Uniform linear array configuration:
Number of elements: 4
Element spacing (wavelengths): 0.25
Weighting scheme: kaiser
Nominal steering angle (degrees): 60
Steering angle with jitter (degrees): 61.278
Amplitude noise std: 0.05
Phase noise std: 0.05

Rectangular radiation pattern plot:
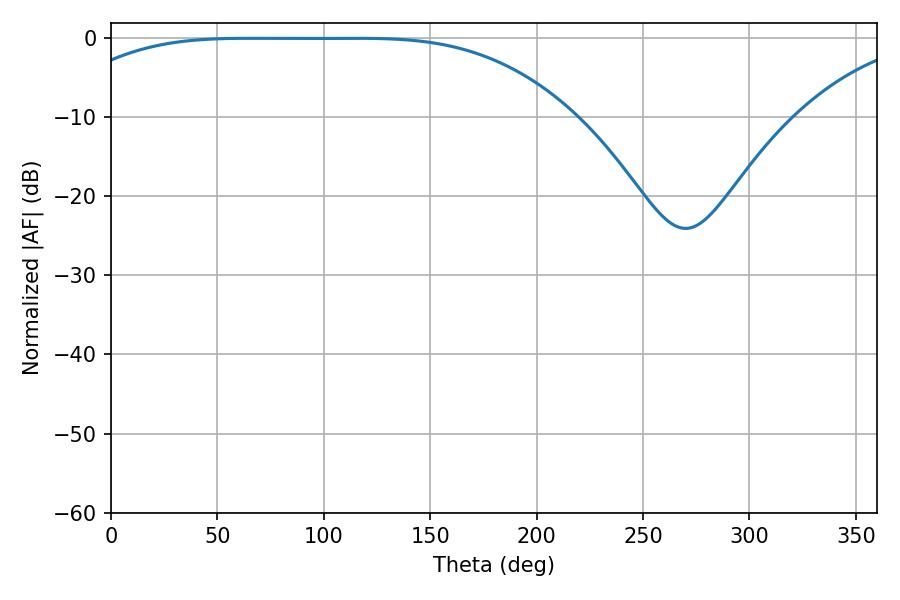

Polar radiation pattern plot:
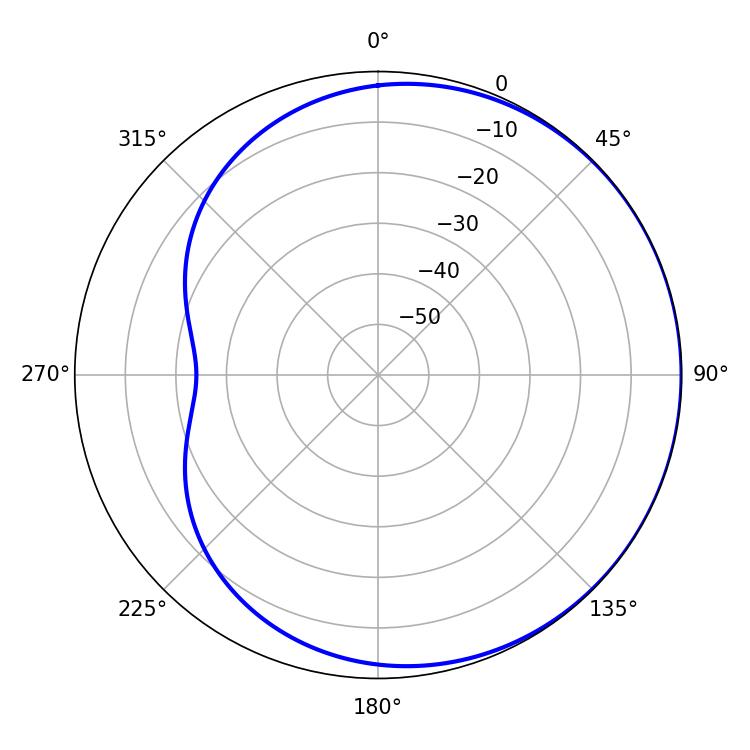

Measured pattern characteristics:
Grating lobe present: FALSE
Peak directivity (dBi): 0.5158
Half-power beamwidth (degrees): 182.16
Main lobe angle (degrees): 65.16